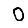
Digit: 0